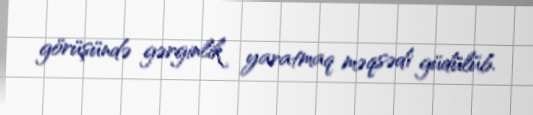
görüşündə gərginlik yaratmaq məqsədi güdülüb.